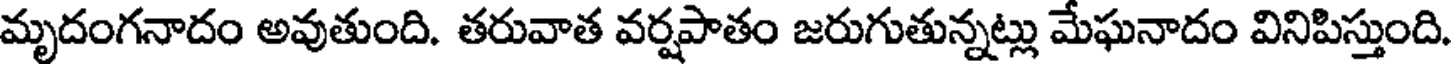
మృదంగనాదం అవుతుంది. తరువాత వర్షపాతం జరుగుతున్నట్లు మేఘనాదం వినిపిస్తుంది.